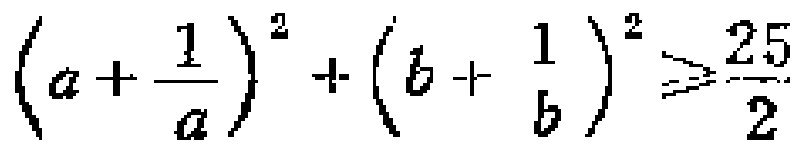
\(\left(a+\frac{1}{a}\right)^{2}+\left(b + \frac{1}{b}\right)^{2}\geqslant\frac{25}{2}\)